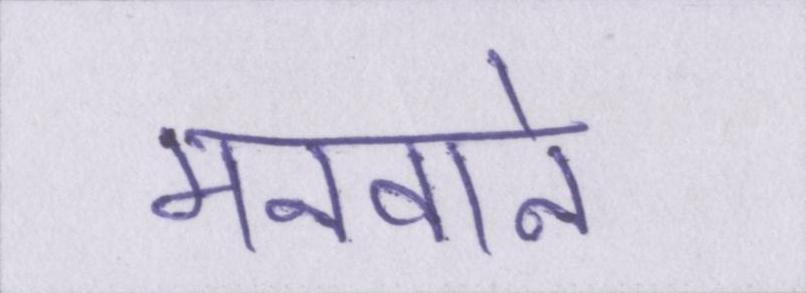
मनवाने